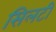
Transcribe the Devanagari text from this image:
सिलटी